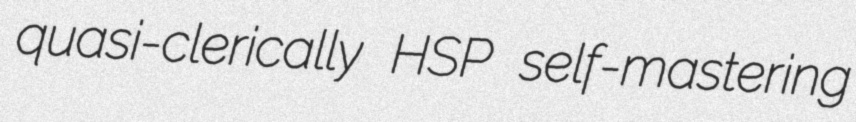
quasi-clerically HSP self-mastering